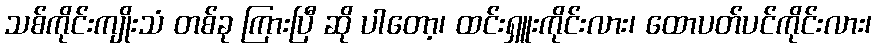
သစ်ကိုင်းကျိုးသံ တစ်ခု ကြားပြီ ဆို ပါတော့၊ ထင်းရှူးကိုင်းလား၊ ထောပတ်ပင်ကိုင်းလား၊